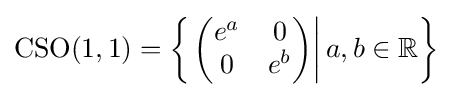
\operatorname {CSO} (1,1)=\left\{\left.{\begin{pmatrix}e^{a}&0\\0&e^{b}\end{pmatrix}}\right|a,b\in \mathbb {R} \right\}